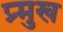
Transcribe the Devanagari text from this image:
प्र्मुख